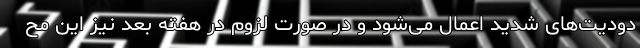
دودیت‌های شدید اعمال می‌شود و در صورت لزوم در هفته بعد نیز این مح